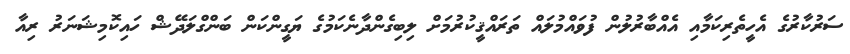
ސަރުކާރުގެ އެހީތެރިކަމާއި އެއްބާރުލުން ފުވައްމުލައް ތަރައްޤީކުރުމަށް ލިބިގެންދާނެކަމުގެ ޔަގީންކަން ބަންގްލަދޭޝް ހައިކޮމިޝަނަރު ރިއާ